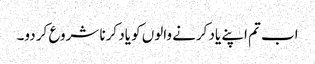
اب تم اپنے یاد کرنے والوں کو یاد کرنا شروع کر دو۔